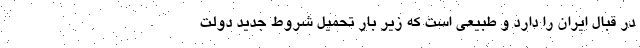
در قبال ایران را دارد و طبیعی است که زیر بار تحمیل شروط جدید دولت